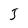
Character: J